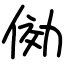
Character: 俲